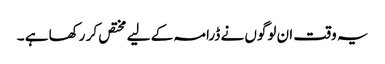
یہ وقت ان لوگوں نے ڈرامہ کے لیے مختص کر رکھا ہے ۔